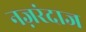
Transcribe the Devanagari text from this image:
नज़रंदाज